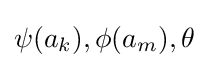
\psi (a_{k}),\phi (a_{m}),\theta